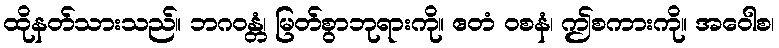
ထိုနတ်သားသည်။ ဘဂဝန္တံ၊ မြတ်စွာဘုရားကို။ ဧတံ ဝစနံ၊ ဤစကားကို။ အဝေါစ၊